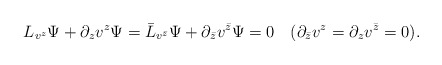
\begin{align*}L_{v^z}\Psi+\partial_{z} v^z\Psi=\bar{L}_{v^{\bar{z}}}\Psi+\partial_{\bar{z}} v^{\bar{z}}\Psi=0\hspace{1em}(\partial_{\bar{z}}v^z=\partial_z v^{\bar{z}}=0).\end{align*}